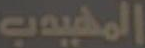
المهيدب